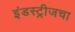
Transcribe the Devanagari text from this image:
इंडस्ट्रीजचा